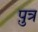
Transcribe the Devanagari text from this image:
प़ुत्र